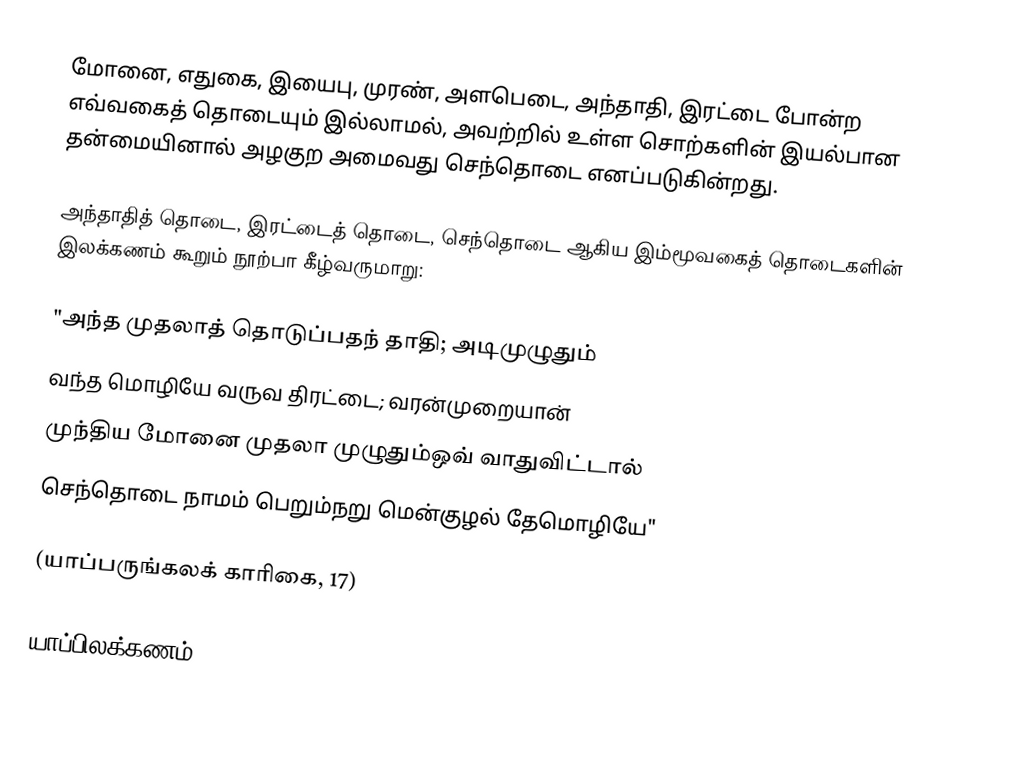
மோனை, எதுகை, இயைபு, முரண், அளபெடை, அந்தாதி, இரட்டை போன்ற எவ்வகைத் தொடையும் இல்லாமல், அவற்றில் உள்ள சொற்களின் இயல்பான தன்மையினால் அழகுற அமைவது செந்தொடை எனப்படுகின்றது.

அந்தாதித் தொடை, இரட்டைத் தொடை, செந்தொடை ஆகிய இம்மூவகைத் தொடைகளின் இலக்கணம் கூறும் நூற்பா கீழ்வருமாறு:

"அந்த முதலாத் தொடுப்பதந் தாதி; அடிமுழுதும்
வந்த மொழியே வருவ திரட்டை; வரன்முறையான்
முந்திய மோனை முதலா முழுதும்ஒவ் வாதுவிட்டால்
செந்தொடை நாமம் பெறும்நறு மென்குழல் தேமொழியே"

(யாப்பருங்கலக் காரிகை, 17)

யாப்பிலக்கணம்